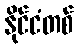
နိုင်ငံတစ်